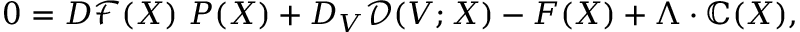
0 = D \mathcal { F } ( X ) ~ P ( X ) + D _ { V } \mathcal { D } ( V ; X ) - F ( X ) + \Lambda \cdot \mathbb { C } ( X ) ,